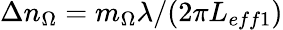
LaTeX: \Delta n_{\Omega}=m_{\Omega}\lambda/(2\pi L_{eff1})